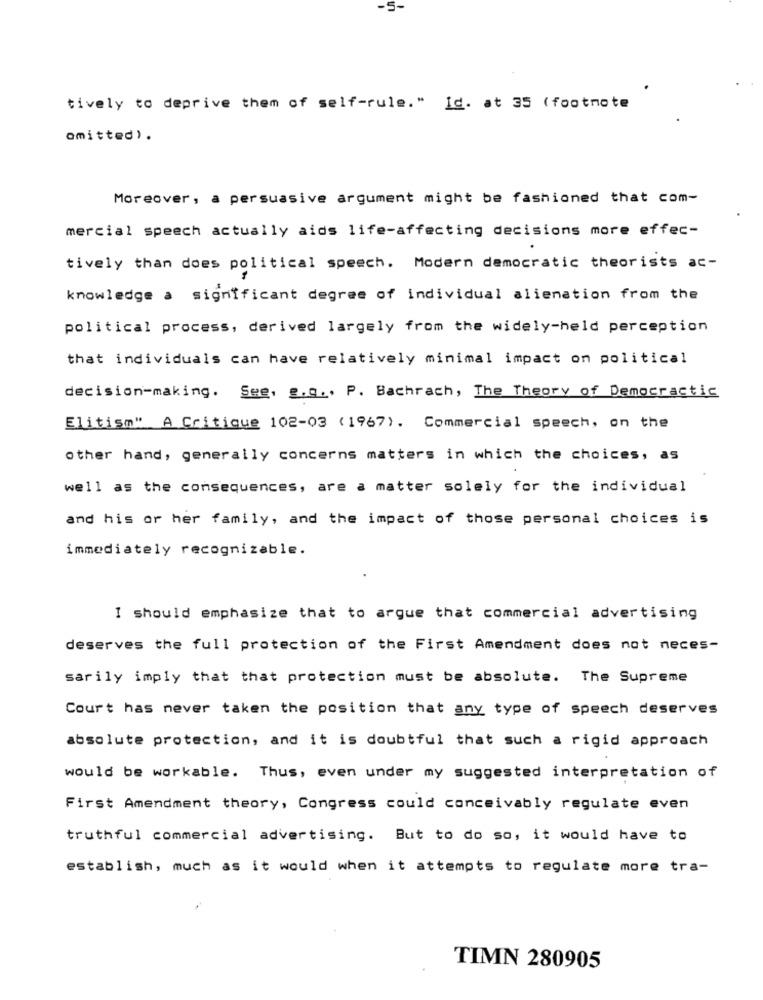
-S-
tively to deprive them of self-rule." Id. at 35 (footnote
omitted).
Moreover, a persuasive argument might be fashioned that com-
mercial speech actually aids life-affecting decisions more effec-
tively than does political speech. Modern democratic theorists ac-
knowledge a significant degree of individual alienation from the
political process, derived largely from the widely-held perception
that individuals can have relatively minimal impact on political
decision-making. See, g.q .. P. Bachrach, The Theory of Democractic
Elitism" A Critique 102-03 (1967). Commercial speech, on the
other hand, generally concerns matters in which the choices, as
well as the consequences, are a matter solely for the individual
and his or her family, and the impact of those personal choices is
immediately recognizable.
I should emphasize that to argue that commercial advertising
deserves the full protection of the First Amendment does not neces-
sarily imply that that protection must be absolute. The Supreme
Court has never taken the position that any type of speech deserves
absolute protection, and it is doubtful that such a rigid approach
would be workable. Thus, even under my suggested interpretation of
First Amendment theory, Congress could conceivably regulate even
truthful commercial advertising. But to do so, it would have to
establish, much as it would when it attempts to regulate more tra-
TIMN 280905